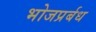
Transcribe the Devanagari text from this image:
भोजप्रर्बध